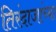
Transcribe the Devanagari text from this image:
तिरंदाजांच्या